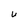
Character: u